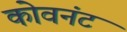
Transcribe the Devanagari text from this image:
कोवनंट